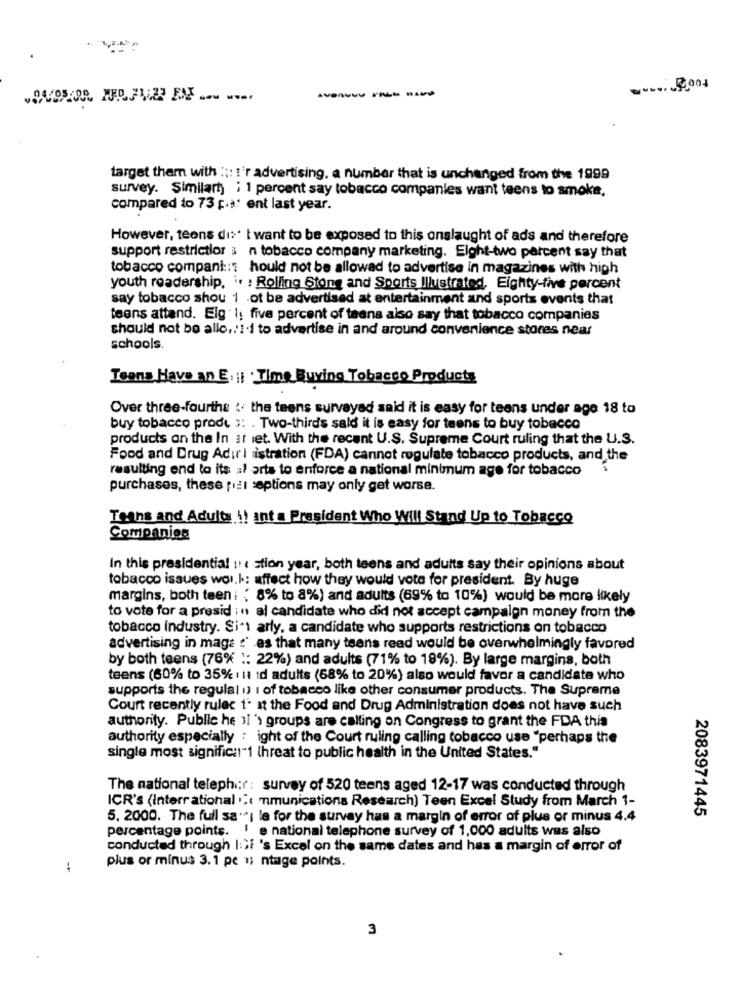
---
target them with ::: : 'r advertising, a number that is unchanged from the 1999
survey. Similart) : 1 percent say tobacco companies want teens to smoke.
compared to 73 c.à: ent last year.
However, teens di:' I want to be exposed to this onslaught of ads and therefore
support restrictior : n tobacco company marketing. Elght-two percent say that
tobacco compani ::: hould not be allowed to advertise in magazines with high
youth readership. i. : Rolling Stone and Sports Illustrated, Eighty-five percent
say tobacco shou 1 .ot be advertised at entertainment and sports events that
teens attand. Elg I, five percent of teans also say that tobacco companies
should not be allo ,. '1-1 to advertise in and around convenience stores near
schools.
Teons Have an E. || . Time Buying Tobacco Products
Over three-fourths : the teens surveyed said it is easy for teens under age 18 to
buy tobacco produ :: . Two-thirds sald it is easy for teens to buy tobacco
products on the In a1 let. With the recent U.S. Supreme Court ruling that the U.S.
Food and Drug Adirl istration (FDA) cannot regulate tobacco products, and the
resulting end to its af arts to enforce a national minimum age for tobacco
purchases, these pal septions may only get worse.
Teans and Adults !! ant a President Who Will Stand Up to Tobacco
Companies
In this presidential :' stion year, both teens and adults say their opinions about
tobacco issues wol.k: affect how they would vote for president. By huge
margins, both teen; : 8% to 8%) and adults (69% to 10%) would be more likely
to vote for a presid in al candidate who did not accept campaign money from the
tobacco industry. Si*) arly, a candidate who supports restrictions on tobacco
advertising in maga :' es that many teens read would be overwhelmingly favored
by both teens (76% ": 22%) and adults (71% to 18%). By large margins, both
teens (60% to 35% ; u id adults (68% to 20%) also would favor a candidate who
supports the regulal i) I of tobacco like other consumer products. The Supreme
Court recently rulac t' at the Food and Drug Administration does not have such
authority. Public he Ji 's groups are calling on Congress to grant the FDA this
authority especially : ight of the Court ruling calling tobacco use "perhaps the
single most signific !! "1 threat to public health in the United States."
The national teleph:r: survey of 520 teens aged 12-17 was conducted through
ICR's (Interrational ."( mimunications Research) Teen Excel Study from March 1-
2083971445
5. 2000. The full sa"; le for the survay has a margin of error of plus or minus 4.4
percentage points. ! e national telephone survey of 1,000 adults was also
conducted through ISf 's Excel on the same dates and has a margin of error of
:
plus or minus 3.1 pc 1; ntage points.
3